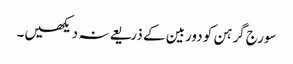
سورج گرہن کو دوربین کے ذریعے نہ دیکھیں۔